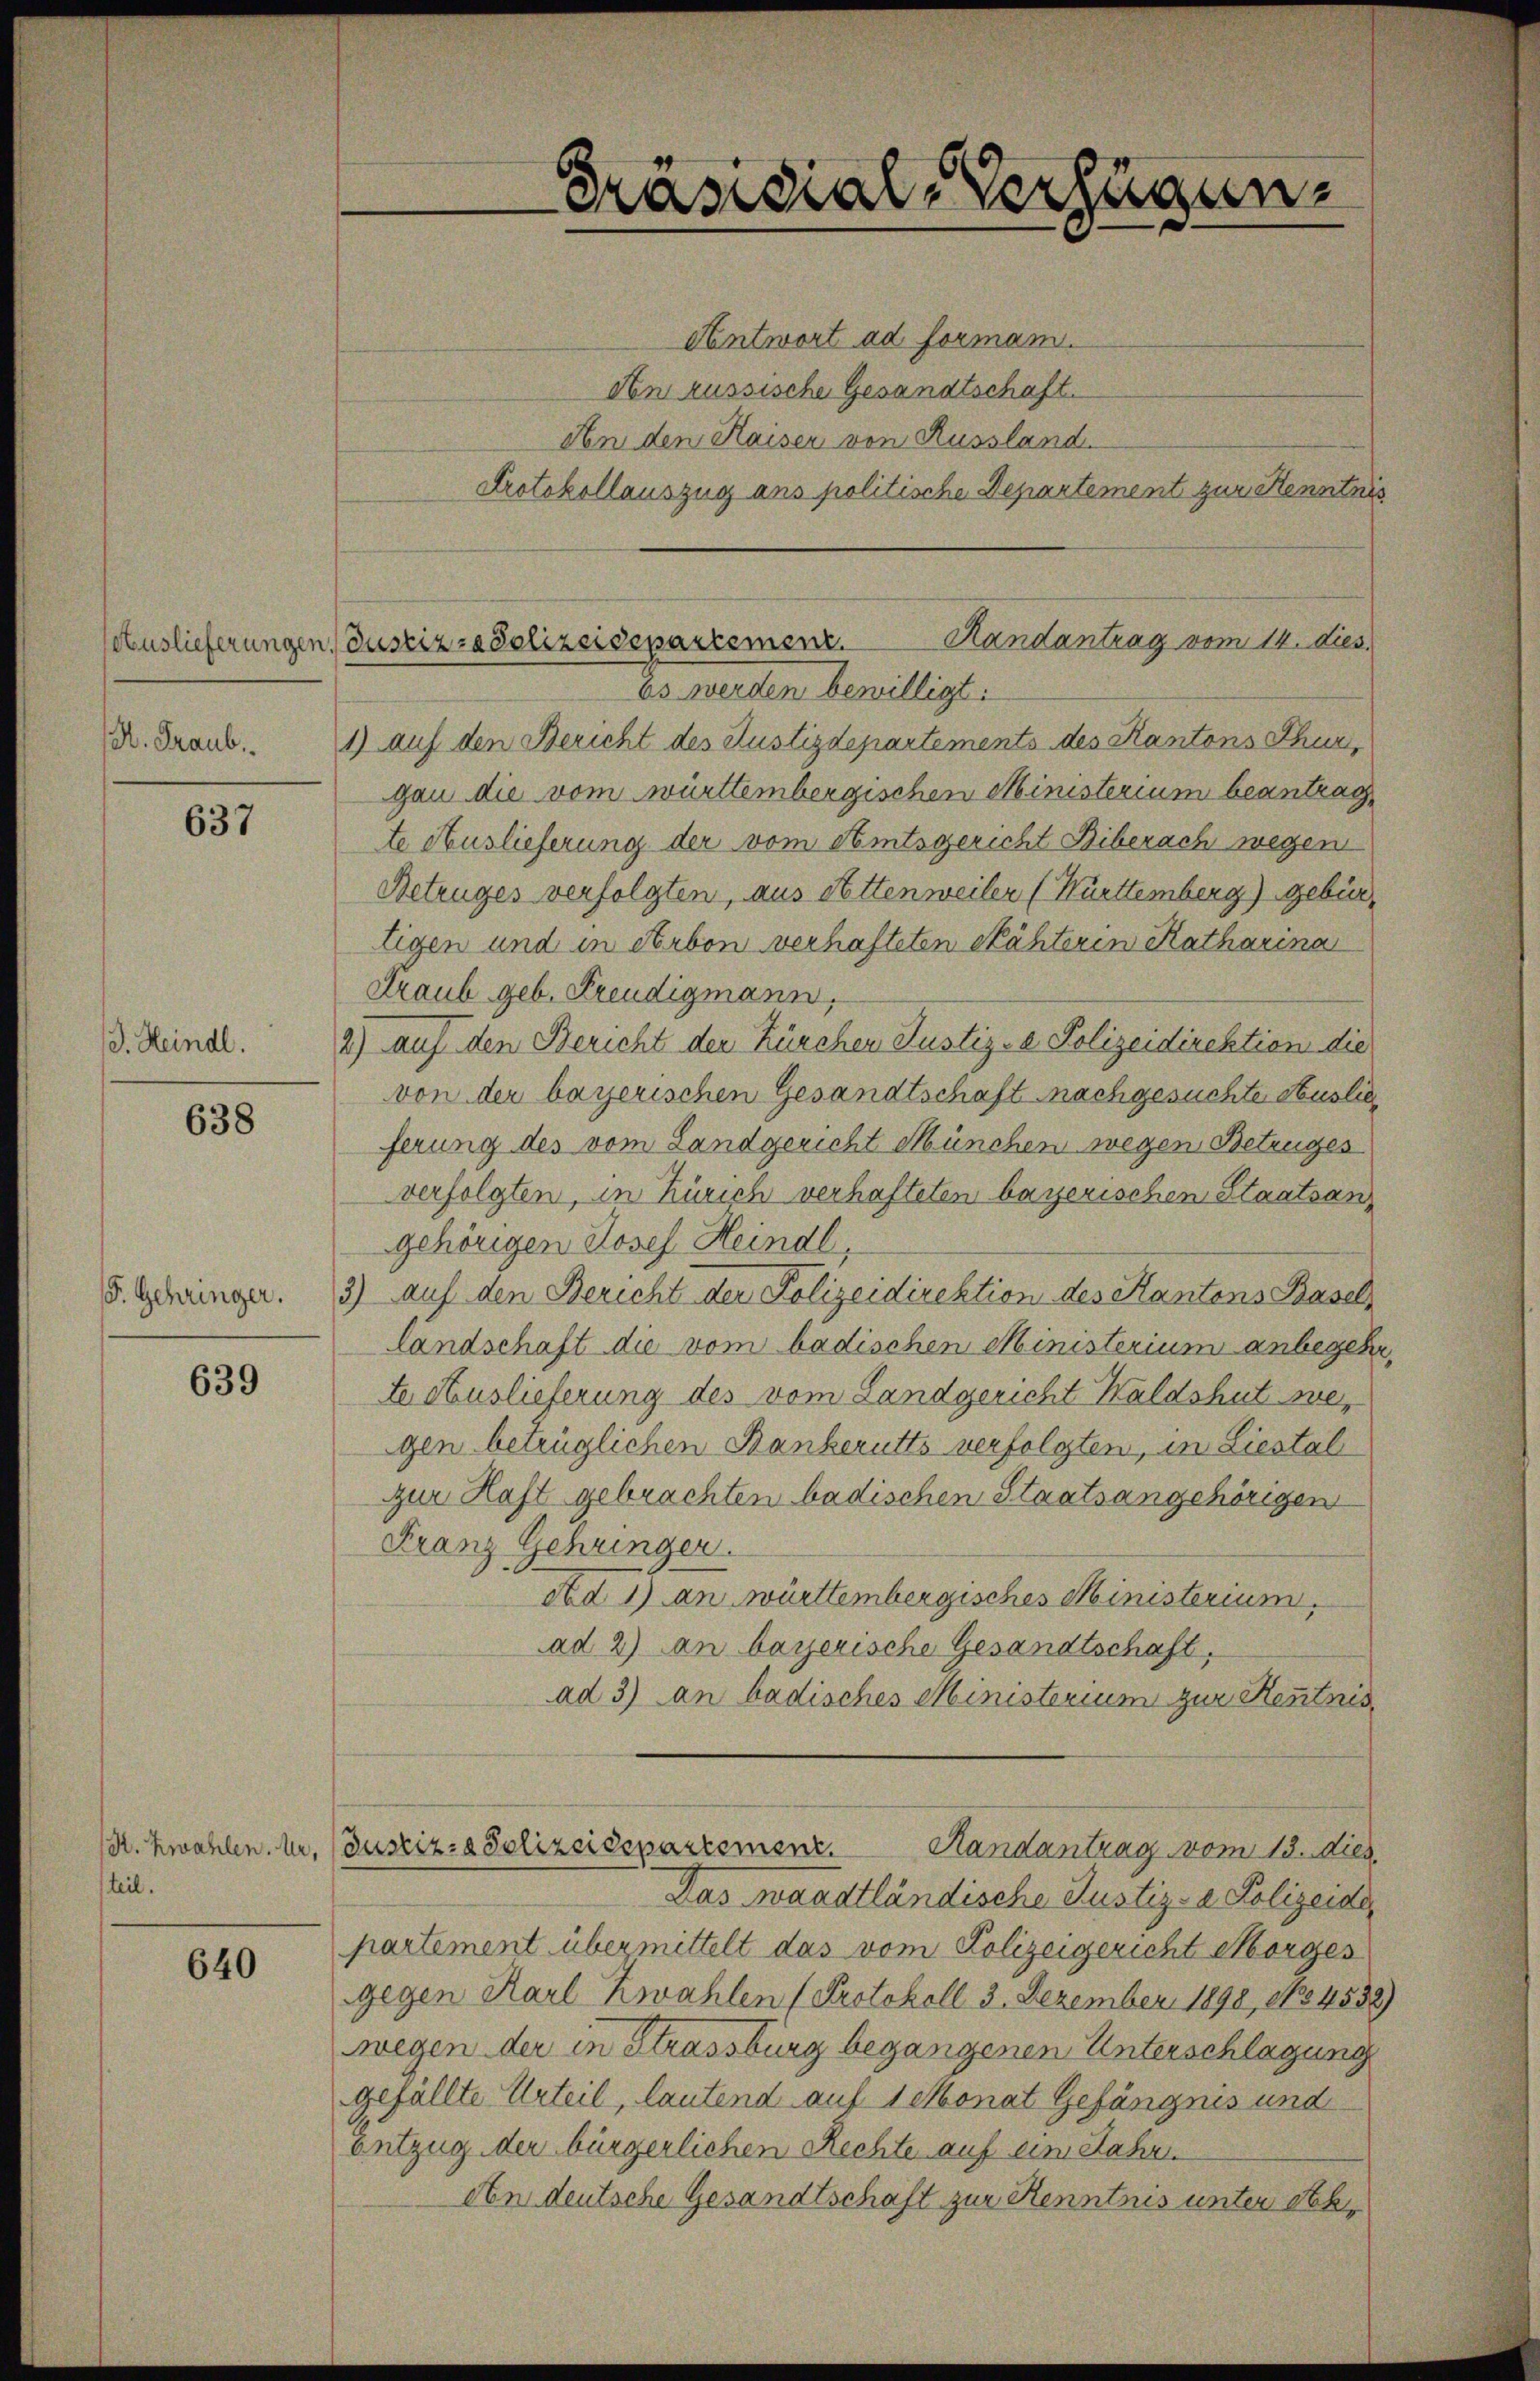
637

J. Heindl.

638

F. Gehringer.

639

teil.

640

Präsidial-Verfügung

Antwort ad formam.
An russische Gesandtschaft.
An den Haisen von Russland.
Protokollauszug ans politische Departement zur Kenntnis

Es werden bewilligt:
X. Traub. 1) auf den Bericht des Justizdepartements des Kantons Thur,
gan die vom württembergischen Ministerium beantragte Auslieferung der vom Amtsgericht Biberach wegen
Betruges verfolgten, aus Settenweiler (Württemberg) gebürtigen und in Arbon verhafteten Nähterin Katharina
Graub geb. Freudigmann,
2) auf den Bericht der Zürchen Justiz- & Polizeidirektion die
von der bayerischen Gesandtschaft nachgesuchte Auslieferung des vom Landgericht München wegen Betruges
verfolgten, in Zürich verhafteten bayerischen Staatsangehörigen Josef Heindl,
3) auf den Bericht der Polizeidirektion des Kantons Basellandschaft die vom badischen Ministerium anbegehr
te Auslieferung des vom Landgericht Waldshut wegen betrüglichen Banberutts verfolgten, in Liestal
zur Haft gebrachten badischen Staatsangehörigen
Franz Gehringer.
Ad 1) an württembergisches Ministerium.
ad 2) an bayerische Gesandtschaft,
ad 3) an badisches Ministerium zur Kenntnis
1. zwahlen. I, (Justiz- & Polizeidepartement. Randantrag vom 13. Dies
Das waadtländische Justiz- & Polizeide
partement übermittelt das vom Polizeigericht Morges
gegen Karl Zwahlen (Protokoll 3. Dezember 1890, No 4532
wegen der in Strassburg begangenen Unterschlagung
gefällte Urteil, lautend auf 1 Monat Gefängnis und
Entzug der bürgerlichen Rechte auf eine Jahre
An deutsche Gesandtschaft zur Kenntnis unter Ab¬

Randantrag vom 14. dies
Auslieferungen Justiz rapolizeidepartement.